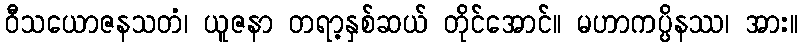
ဝီသယောဇနသတံ၊ ယူဇနာ တရာ့နှစ်ဆယ် တိုင်အောင်။ မဟာကပ္ပိနဿ၊ အား။